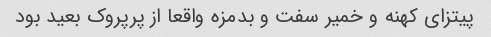
پیتزای کهنه و خمیر سفت و بدمزه واقعا از پرپروک بعید بود